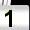
Digit: 1